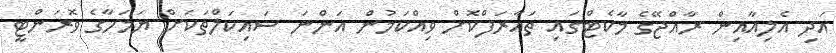
އަދި އެލިއާއިން ރާއްޖޭގެ މާކެޓްގައި ތައާރަފްކޮށް ވިއްކަމުން އަންނަ ސައިކަލްތަކަށް ޔަމަހާގެ ވޮރަންޓީ